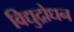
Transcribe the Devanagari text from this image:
विद्युद्रोधन